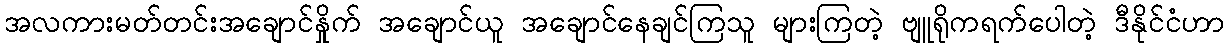
အလကားမတ်တင်းအချောင်နှိုက် အချောင်ယူ အချောင်နေချင်ကြသူ များကြတဲ့ ဗျူရိုကရက်ပေါတဲ့ ဒီနိုင်ငံဟာ